Leaving Certificate Examination, 1915
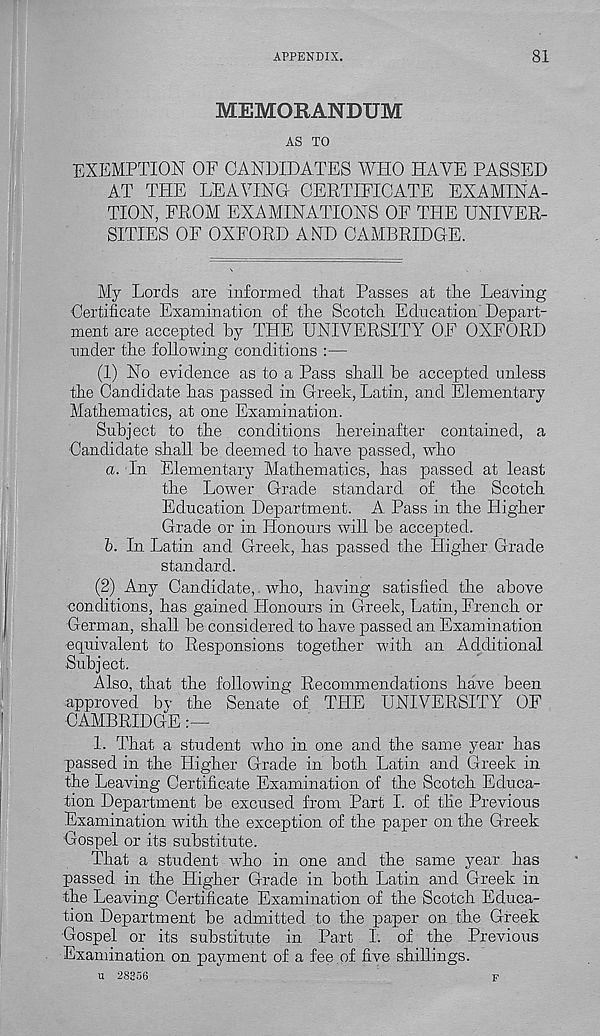
APPENDIX.
81
MEMORANDUM
AS TO
EXEMPTION OF CANDIDATES WHO HAVE PASSED
AT THE LEAVING CERTIFICATE EXAMINA-
TION, FROM EXAMINATIONS OF THE UNIVER-
SITIES OF OXFORD AND CAMBRIDGE.
My Lords are informed that Passes at the Leaving
Certificate Examination of the Scotch Education Depart-
ment are accepted by THE UNIVERSITY OF OXFORD
under the following conditions :—
(1) No evidence as to a Pass shall be accepted unless
the Candidate has passed in Greek, Latin, and Elementary
Mathematics, at one Examination.
Subject to the conditions hereinafter contained, a
Candidate shall be deemed to have passed, who
a. Tn Elementary Mathematics, has passed at least
the Lower Grade standard of the Scotch
Education Department. A Pass in the Higher
Grade or in Honours will be accepted.
b. In Latin and Greek, has passed the Higher Grade
standard.
(2) Any Candidate, who, having satisfied the above
conditions, has gained Honours in Greek, Latin, French or
German, shall be considered to have passed an Examination
equivalent to Responsions together with an Additional
Subject.
Also, that the following Recommendations have been
■ approved bv the Senate of THE UNIVERSITY OF
CAMBRIDGE
1. That a student -who in one and the same year has
passed in the Higher Grade in both Latin and Greek in
the Leaving Certificate Examination of the Scotch Educa-
tion Department be excused from Part I. of the Previous
Examination with the exception of the paper on the Greek
Gospel or its substitute.
That a student who in one and the same year has
passed in the Higher Grade in both Latin and Greek in
the Leaving Certificate Examination of the Scotch Educa-
tion Department be admitted to the paper on the Greek
Gospel or its substitute in Part I. of the Previous
Examination on payment of a fee.of five shillings.
u 28356
F